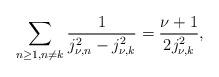
LaTeX: \begin{align*}\sum_{n\geq1,n\neq{k}}\frac{1}{j_{\nu,n}^2-{j_{\nu,k}^2}}=\frac{\nu+1}{2j_{\nu,k}^2},\end{align*}